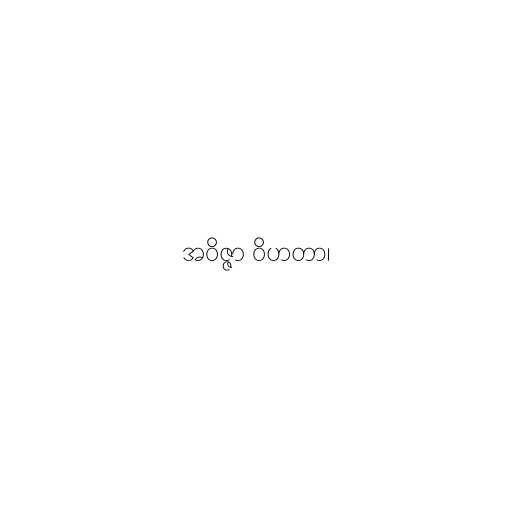
အဝိဇ္ဇာ ဝိဟတာ၊